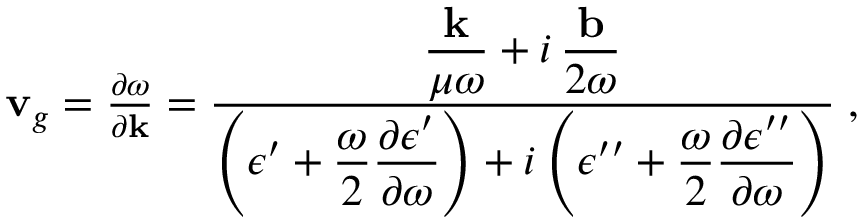
\begin{array} { r } { { \bf v } _ { g } = \frac { \partial \omega } { \partial { \bf k } } = \frac { \displaystyle \frac { { \bf k } } { \mu \omega } + i \, \frac { { \bf b } } { 2 \omega } } { \displaystyle \left( \epsilon ^ { \prime } + \frac { \omega } { 2 } \frac { \partial \epsilon ^ { \prime } } { \partial \omega } \right) + i \left( \epsilon ^ { \prime \prime } + \frac { \omega } { 2 } \frac { \partial \epsilon ^ { \prime \prime } } { \partial \omega } \right) } \; , } \end{array}